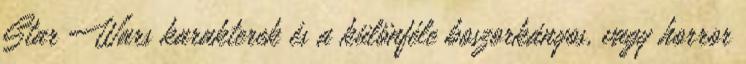
Star Wars karakterek és a különféle boszorkányos, vagy horror